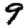
Digit: 9